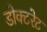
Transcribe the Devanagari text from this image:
डोक्टरेट